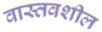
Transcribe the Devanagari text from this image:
वास्तवशील